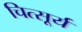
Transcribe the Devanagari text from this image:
चित्सूर्य